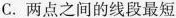
C.两点之间的线段最短